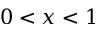
0 < x < 1